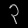
Digit: ၃